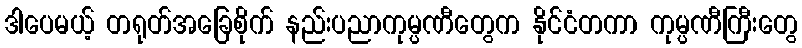
ဒါပေမယ့် တရုတ်အခြေစိုက် နည်းပညာကုမ္ပဏီတွေက နိုင်ငံတကာ ကုမ္ပဏီကြီးတွေ